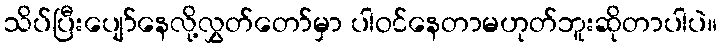
သိပ်ပြီးပျော်နေလို့လွှတ်တော်မှာ ပါဝင်နေတာမဟုတ်ဘူးဆိုတာပါပဲ။